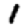
Digit: 1